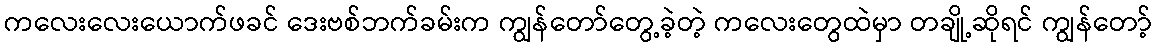
ကလေးလေးယောက်ဖခင် ဒေးဗစ်ဘက်ခမ်းက ကျွန်တော်တွေ့ခဲ့တဲ့ ကလေးတွေထဲမှာ တချို့ဆိုရင် ကျွန်တော့်